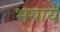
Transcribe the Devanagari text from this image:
भगायें